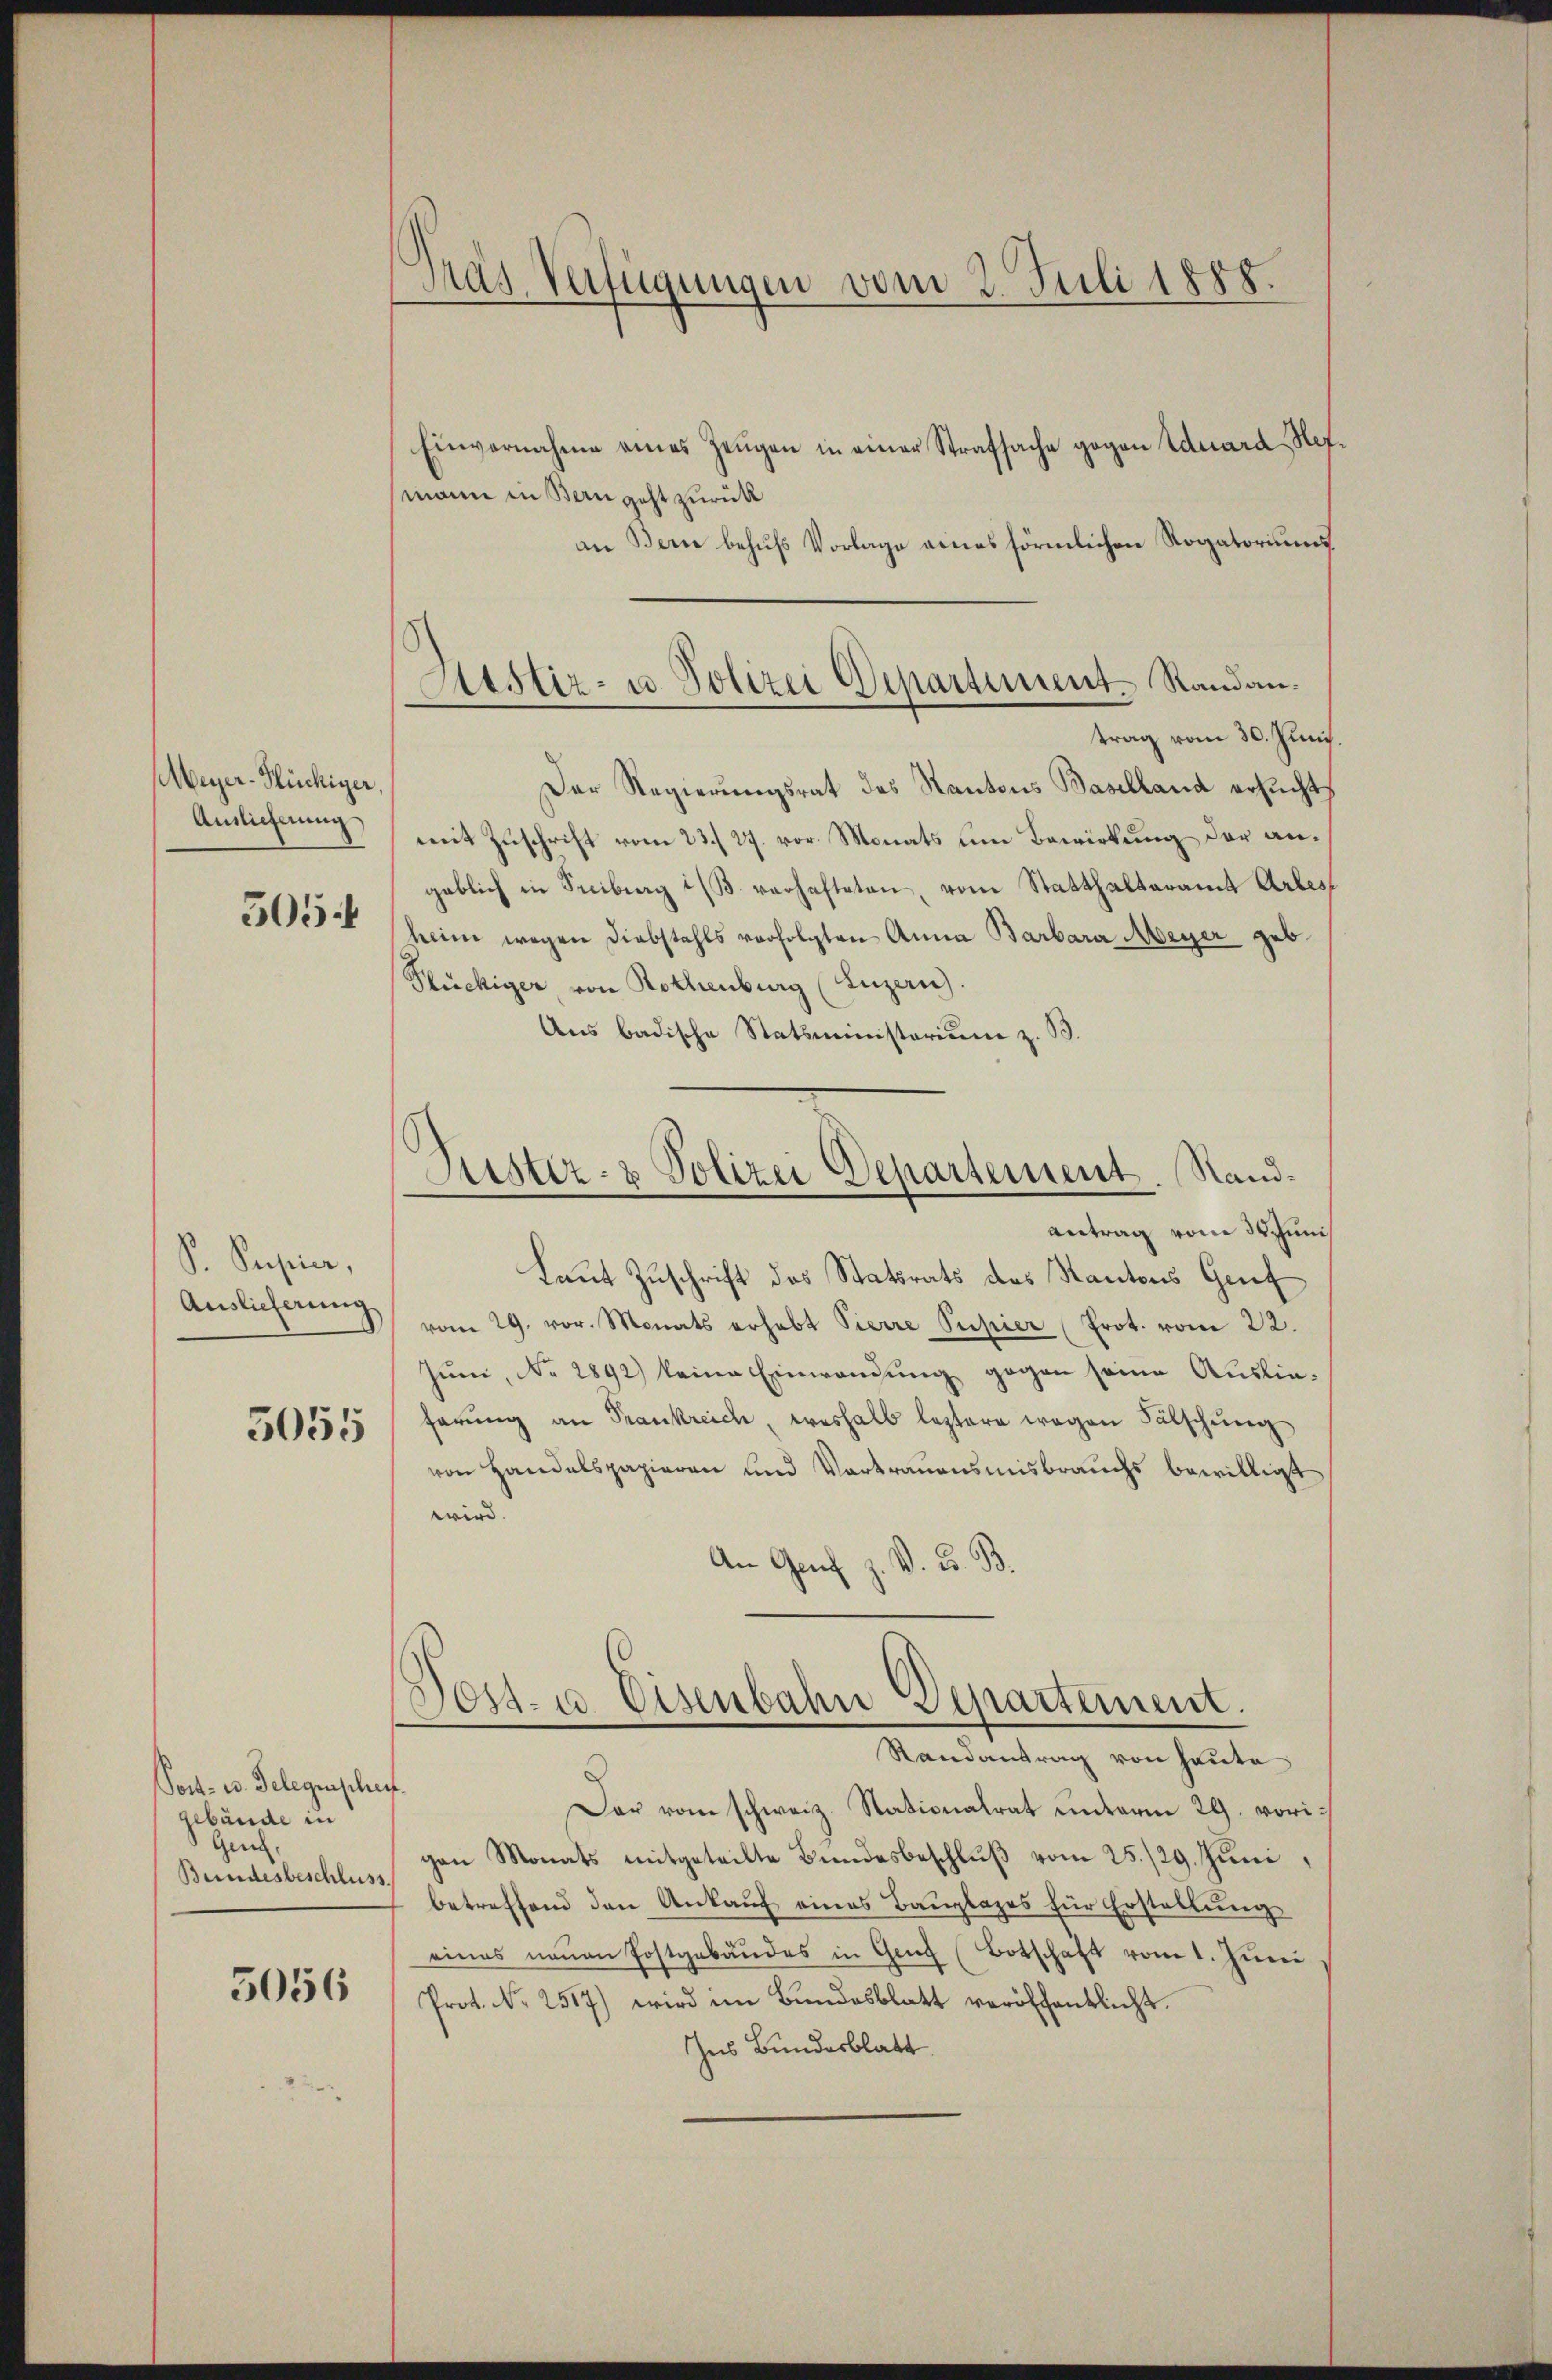
Meyer-Flückiger,
Auslieferung

505.

S. Papier,
Auslieferung

5055

Post- u. Gelegenschei
gebäude in
Gen
Bundesbeschluss.

5056

Pras Verfügungen vom 2. Juli 1888.

Einvernahme eines Zeugen in einer Strafsache gegen Eduard, Nefmann in Bern geht zurück
an Bern behufs Vorlage eines förmlichen Rogatoriums
trag vom 30. Juni.
Der Regierŭngsrat des Kantons Baselland ersŭcht,
mit Zuschrift vom 23. 27. vor Monats um Bewirkung der angeblich in Seciburg i/B. verhafteten, vom Statthalteramt Arbes
keine wegen Diebstahls verfolgten Anna Barbara Meyer geb.
Plückiger, von Rothenburg (Luzern).
Aus badische Statsministerium z. B.
Antrag vom Schinis
Laut Zuschrift des Statsrats des Kantons Genf
vom 29. vor. Monats erhabt Pierre Supier (Prot. vom 22.
Juni, No 2892) keine Einwandung gegen seine Auslieferung an Frankreich, weshalb leztere wegen Fälschung
von Handelspapieren und Vortrauensmisbrauchs bewilligt
wird.
An Gen
V. B. B.
Dont. u. Eisenbahn Departement.
Randantrag von heute
d
Das vom schweiz. Stationalrat unterm 29. vorigen Monats mitgeteilte Bŭndesbeschlŭβ vom 25./29. Juni,
betreffend den Ankauf eines Bauplages für Erstellung
eines neuen Postgebäŭdes in Genf (Botschaft vom 1. Juni
Prot. Nr. 2517) wird im Bundesblatt veröffentlicht.
Ins Bundesblatt

Astiz- u. Polizei Departiment. Randan¬

.
Justiz- & Polizei Departement. Sand¬